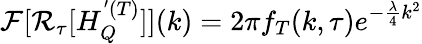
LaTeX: \mathcal{F}[\mathcal{R}_{\tau}[H_{Q}^{'(T)}]](k)=2\pi f_{T}(k,\tau)e^{-\frac{\lambda}{4}k^{2}}